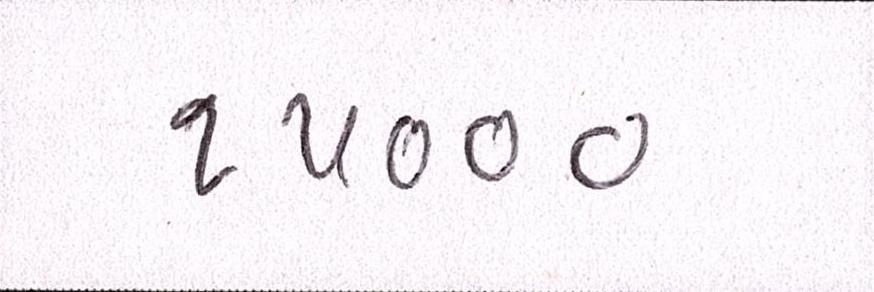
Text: ૧૫૦૦૦